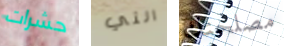
حشرات التي مصلحتك